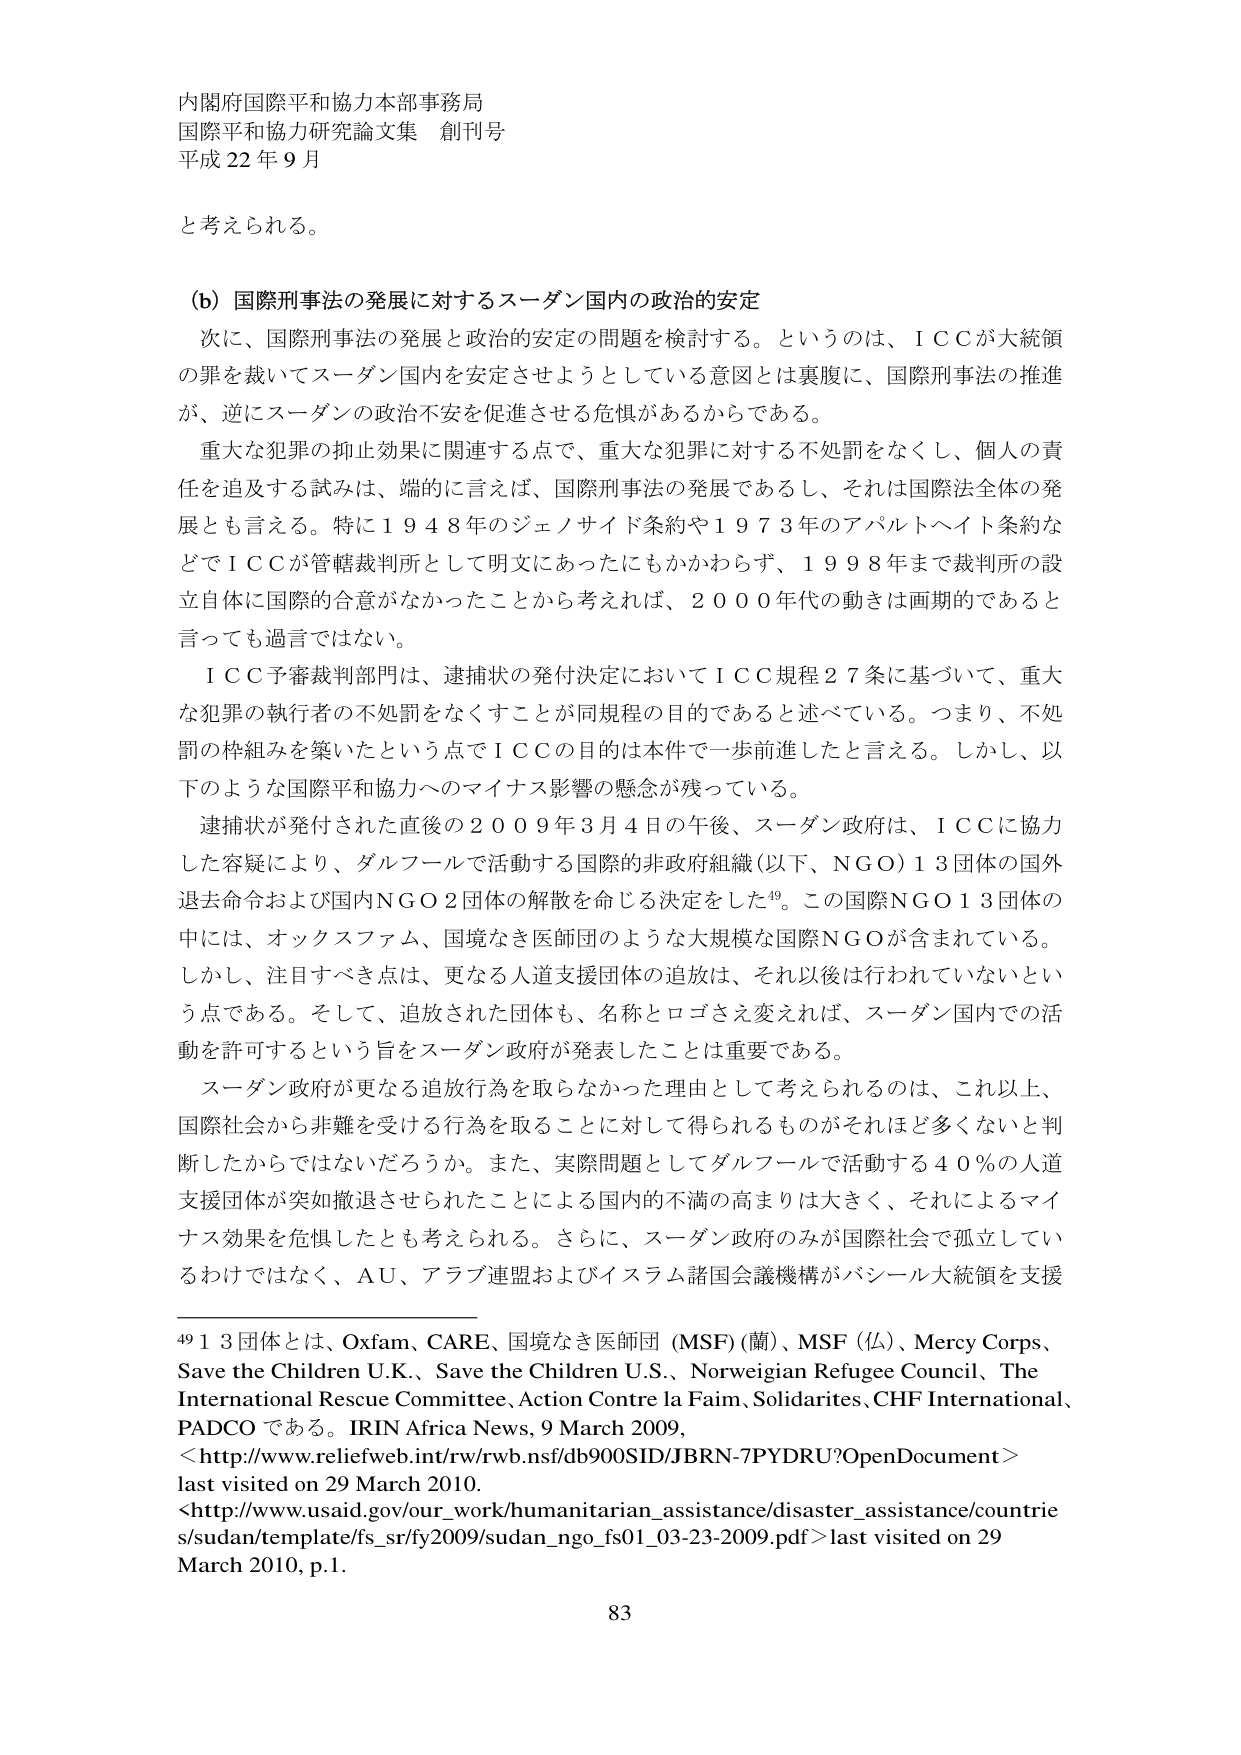
内閣府国際平和協力本部事務局
国際平和協力研究論文集 創刊号
平成22年9月

と考えられる。

(b) 国際刑事法の発展に対するスーダン国内の政治的安定
次に、国際刑事法の発展と政治的安定の問題を検討する。というのは、ＩＣＣが大統領の罪を裁いてスーダン国内を安定させようとしている意図とは裏腹に、国際刑事法の推進が、逆にスーダンの政治不安を促進させる危惧があるからである。
重大な犯罪の抑止効果に関連する点で、重大な犯罪に対する不処罰をなくし、個人の責任を追及する試みは、端的に言えば、国際刑事法の発展であるし、それは国際法全体の発展とも言える。特に１９４８年のジェノサイド条約や１９７３年のアパルトヘイト条約などでＩＣＣが管轄裁判所として明文にあったにもかかわらず、１９９８年まで裁判所の設立自体に国際的合意がなかったことから考えれば、２０００年代の動きは画期的であると言っても過言ではない。
ＩＣＣ予審裁判部門は、逮捕状の発付決定においてＩＣＣ規程２７条に基づいて、重大な犯罪の執行者の不処罰をなくすことが同規程の目的であると述べている。つまり、不処罰の枠組みを築いたという点でＩＣＣの目的は本件で一歩前進したと言える。しかし、以下のような国際平和協力へのマイナス影響の懸念が残っている。
逮捕状が発付された直後の２００９年３月４日の午後、スーダン政府は、ＩＣＣに協力した容疑により、ダルフールで活動する国際的非政府組織（以下、ＮＧＯ）１３団体の国外退去命令および国内ＮＧＯ２団体の解散を命じる決定をした⁴⁹。この国際ＮＧＯ１３団体の中には、オックスファム、国境なき医師団のような大規模な国際ＮＧＯが含まれている。しかし、注目すべき点は、更なる人道支援団体の追放は、それ以後は行われていないという点である。そして、追放された団体も、名称とロゴさえ変えれば、スーダン国内での活動を許可するという旨をスーダン政府が発表したことは重要である。
スーダン政府が更なる追放行為を取らなかった理由として考えられるのは、これ以上、国際社会から非難を受ける行為を取ることに対して得られるものがそれほど多くないと判断したからではないだろうか。また、実際問題としてダルフールで活動する４０％の人道支援団体が突如撤退させられたことによる国内的不満の高まりは大きく、それによるマイナス効果を危惧したとも考えられる。さらに、スーダン政府のみが国際社会で孤立しているわけではなく、ＡＵ、アラブ連盟およびイスラム諸国会議機構がバシール大統領を支援

⁴⁹ １３団体とは、Oxfam、CARE、国境なき医師団（MSF）（蘭）、MSF（仏）、Mercy Corps、Save the Children U.K.、Save the Children U.S.、Norwegian Refugee Council、The International Rescue Committee、Action Contre la Faim、Solidarites、CHF International、PADCO である。IRIN Africa News, 9 March 2009,
<http://www.reliefweb.int/rw/rwb.nsf/db900SID/JBRN-7PYDRU?OpenDocument>
last visited on 29 March 2010.
<http://www.usaid.gov/our_work/humanitarian_assistance/disaster_assistance/countries/sudan/template/fs_sr/fy2009/sudan_ngo_fs01_03-23-2009.pdf> last visited on 29 March 2010, p.1.

83